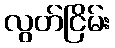
လွတ်ငြိမ်း